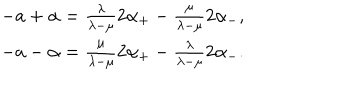
\begin{array} { c } { { - a + \alpha = \frac \lambda { \lambda - \mu } 2 \alpha _ { + } - \frac \mu { \lambda - \mu } 2 \alpha _ { - } , } } \\ { { - a - \alpha = \frac \mu { \lambda - \mu } 2 \alpha _ { + } - \frac \lambda { \lambda - \mu } 2 \alpha _ { - } . } } \\ \end{array}